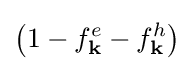
\left(1-f_{\mathbf {k} }^{e}-f_{\mathbf {k} }^{h}\right)